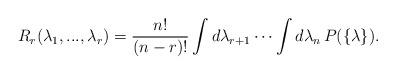
LaTeX: \begin{align*}R_r(\lambda_1,...,\lambda_r)=\frac{n!}{(n-r)!}\int d\lambda_{r+1}\cdots \int d\lambda_{n}\, P(\{\lambda\}).\end{align*}